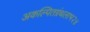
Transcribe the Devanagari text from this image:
अकल्पितग्रंथलाभ२४